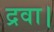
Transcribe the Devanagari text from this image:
द्रवा।